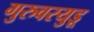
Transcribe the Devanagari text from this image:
गुरुवरयुडू